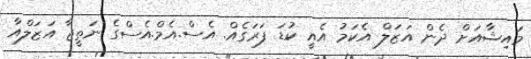
މައިޝާއަށް ދެން އަޒަލް އެކަމު އެއީ ކުޑަ ފަރަގެއް. އެސް.އެމް.އެސްގެ ނަތީޖާ އަޒަލްއާ